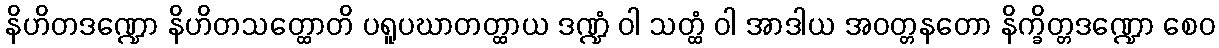
နိဟိတဒဏ္ဍော နိဟိတသတ္ထောတိ ပရူပဃာတတ္ထာယ ဒဏ္ဍံ ဝါ သတ္ထံ ဝါ အာဒါယ အဝတ္တနတော နိက္ခိတ္တဒဏ္ဍော စေဝ